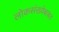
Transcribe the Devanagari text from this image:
लोकसंख्येबाबत